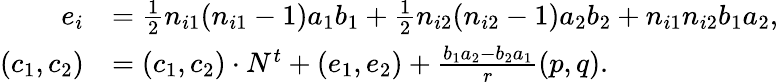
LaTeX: \begin{array}{rl}{e_{i}}&{=\frac{1}{2}n_{i1}(n_{i1}-1)a_{1}b_{1}+\frac{1}{2}n_{i2}(n_{i2}-1)a_{2}b_{2}+n_{i1}n_{i2}b_{1}a_{2},}\\ {(c_{1},c_{2})}&{=(c_{1},c_{2})\cdot N^{t}+(e_{1},e_{2})+\frac{b_{1}a_{2}-b_{2}a_{1}}{r}(p,q).}\end{array}